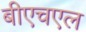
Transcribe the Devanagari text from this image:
बीएचएल